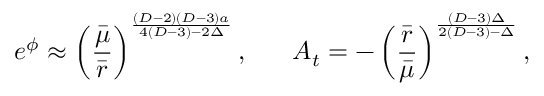
e ^ { \phi } \approx \left( { \frac { \bar { \mu } } { \bar { r } } } \right) ^ { \frac { ( D - 2 ) ( D - 3 ) a } { 4 ( D - 3 ) - 2 \Delta } } , \ \ \ \ \ A _ { t } = - \left( { \frac { \bar { r } } { \bar { \mu } } } \right) ^ { \frac { ( D - 3 ) \Delta } { 2 ( D - 3 ) - \Delta } } ,